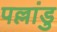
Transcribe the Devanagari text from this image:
पल्लांडु